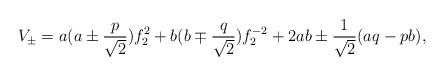
LaTeX: \begin{align*}V_{\pm}=a(a\pm \frac{p}{\sqrt{2}})f^2_2+b(b\mp\frac{q}{\sqrt{2}})f^{-2}_2 + 2a b\pm\frac{1}{\sqrt{2}}(a q-p b),\end{align*}